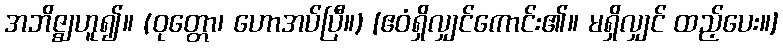
အဘိဇ္ဈဟူ၍။ (ဝုတ္တော၊ ဟောအပ်ပြီ။) [ဧဝံရှိလျှင်ကောင်း၏။ မရှိလျှင် ထည့်ပေး။]